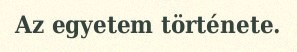
Az egyetem története.